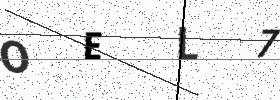
Text: OEL7